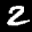
Label: 2